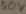
Text: 50V